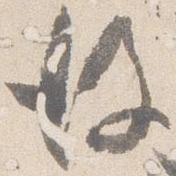
後